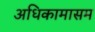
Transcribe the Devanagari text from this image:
अधिकामासम